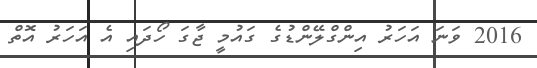
2016 ވަނަ އަހަރު އިންގްލޭންޑުގެ ގައުމީ ޖާގަ ހޯދައި އެ އަހަރު އޮތް